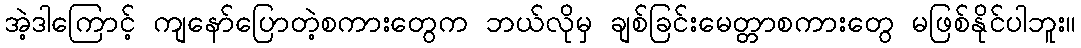
အဲ့ဒါကြောင့် ကျနော်ပြောတဲ့စကားတွေက ဘယ်လိုမှ ချစ်ခြင်းမေတ္တာစကားတွေ မဖြစ်နိုင်ပါဘူး။